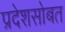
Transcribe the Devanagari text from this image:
प्रदेशसोबत